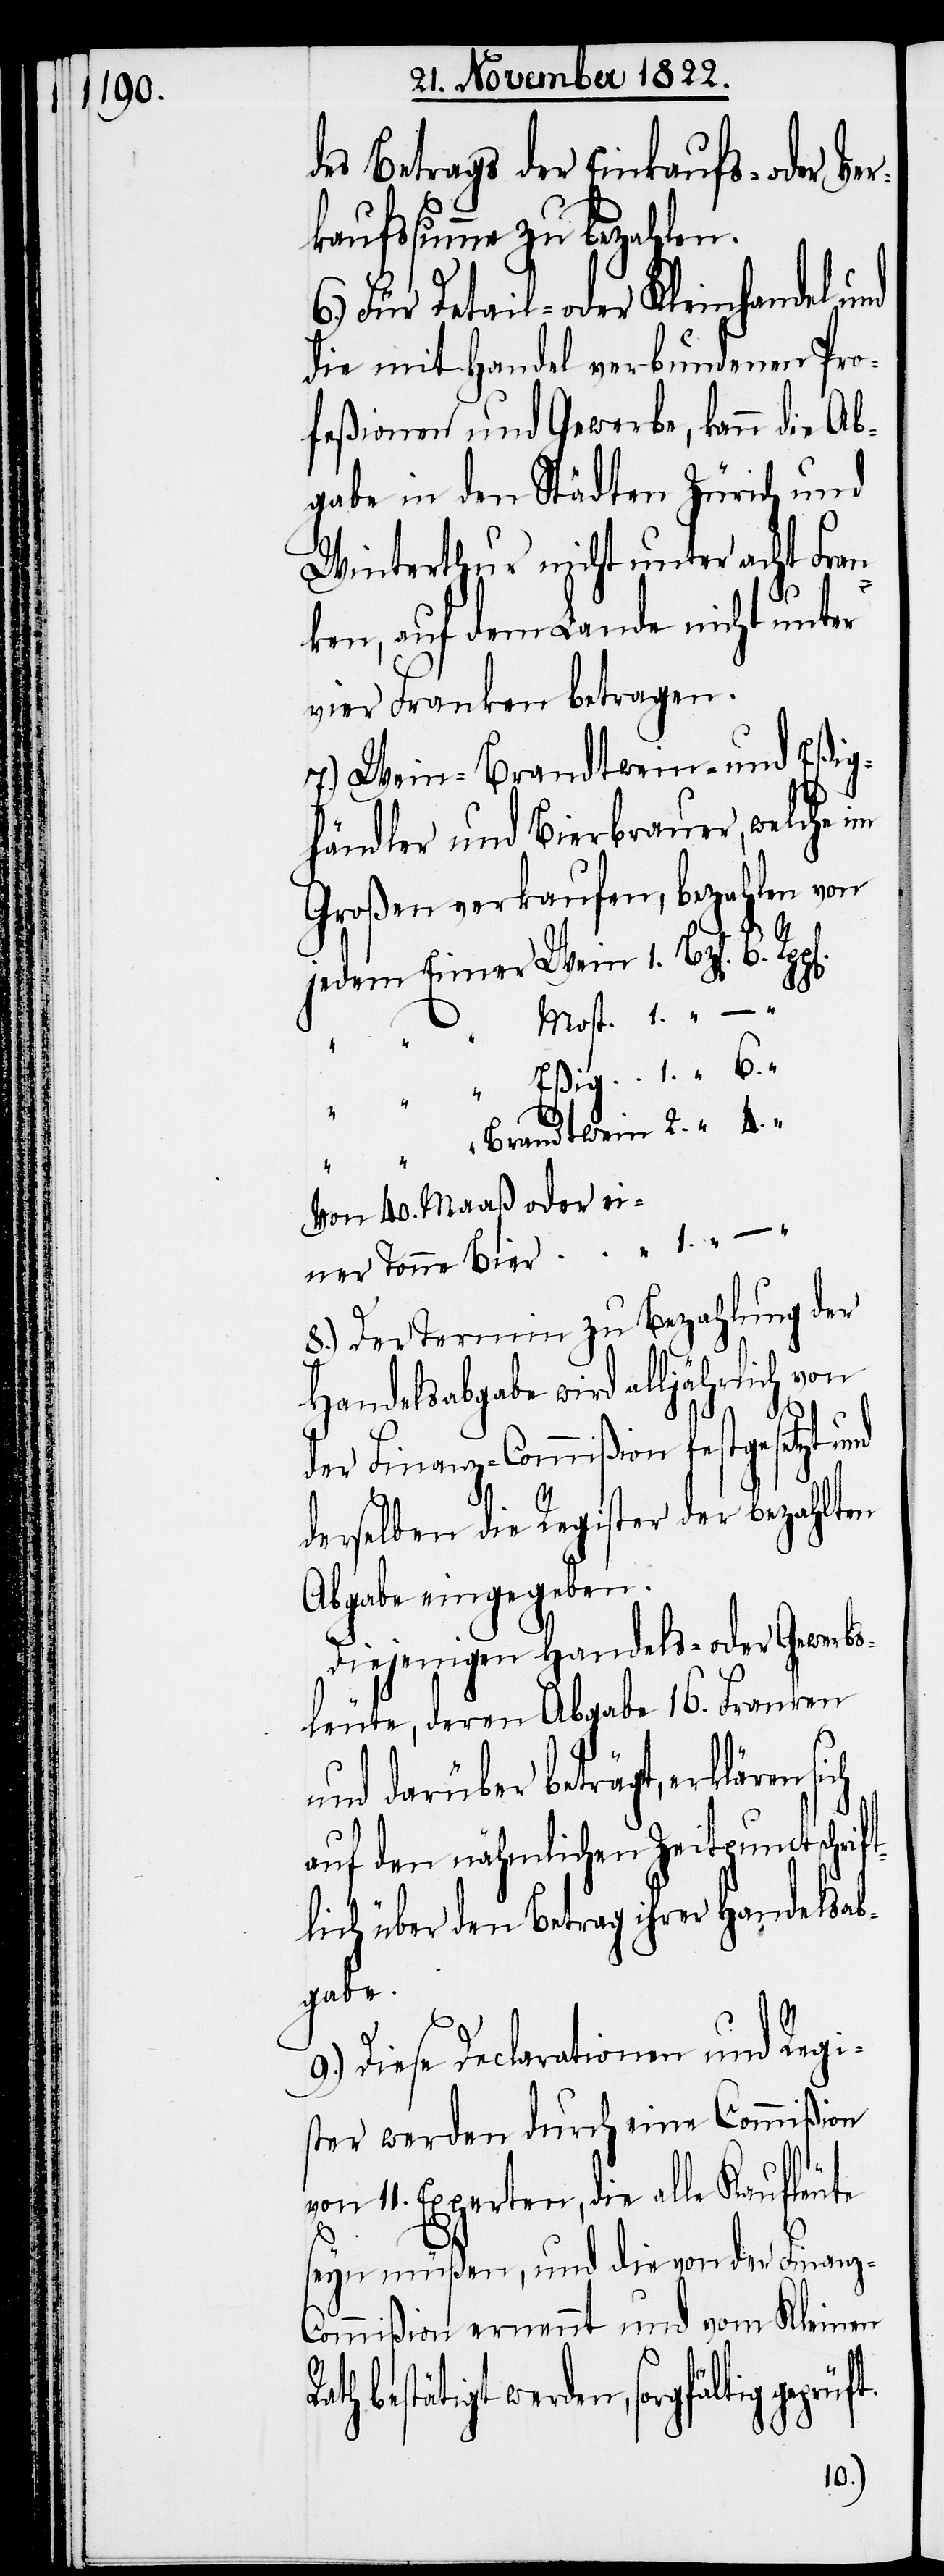
des Betrags der Einkaufs- oder Ver¬
kaufssumme zu bezahlen.
6.) Für Detail- oder Kleinhandel und
die mit Handel verbundenen Pro¬
feßionen und Gewerbe, kann die Ab¬
gabe in den Städten Zürich und
Winterthur nicht unter acht Fran¬
ken, auf dem Lande nicht unter
vier Franken betragen.
7.) Wein- Brandtwein- und Eßig¬
händler und Bierbrauer, welche im
Großen verkaufen, bezahlen von
jedem Eimer Wein 	1. Bz[en]. 6.
6.
“ Brandtwein	2. “ 4. “
Von 40. Maaß oder ei¬
ner Tonne Bier	1. “ – “
8.) Der Termin zu Bezahlung der
Handelsabgabe wird alljährlich von
der Finanz-Commißion festgesetzt
derselben die Register der bezahlten
Abgabe eingegeben.
Diejenigen Handels- oder Gewerbs¬
leute, deren Abgabe 16. Franken
und darüber betragt, erklären
auf den nähmlichen Zeitpunct schrif¬
tlich über den Betrag ihrer Handelsab¬
gabe.
9.) Diese Declarationen und Regi¬
ster werden durch eine Commißion
von 11. Experten, die alle Kaufleute
seyn müßen, und die von der Finanz-C¬
ommißion ernennt und vom Kleinen
bestätigt werden, sorgfältig gepr¬
üft.